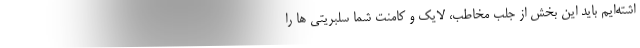
اشته‌ایم باید این بخش از جلب مخاطب، لایک و کامنت شما سلبریتی ها را